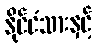
နိုင်ငံသားနှင့်